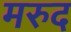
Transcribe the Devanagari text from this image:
मरुद